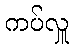
ကပ်လှူ